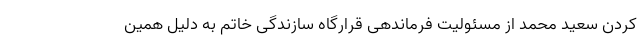
کردن سعید محمد از مسئولیت فرماندهی قرارگاه سازندگی خاتم به دلیل همین